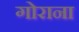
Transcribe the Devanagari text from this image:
गोराना